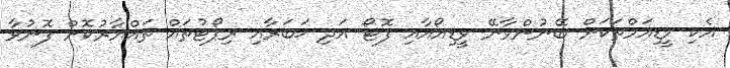
އެކި މީޑިއަމްތަކަށް ބޭނުންވާނޭ ވީޑިއޯއާއި ފޮޓޯ އަދި ޚަބަރާއި ރިޕޯޓުތައް ތައްޔާރުކޮށް ފޮނުވާ